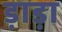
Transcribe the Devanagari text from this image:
ड़ाड़ा